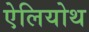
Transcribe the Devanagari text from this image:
ऐलियोथ